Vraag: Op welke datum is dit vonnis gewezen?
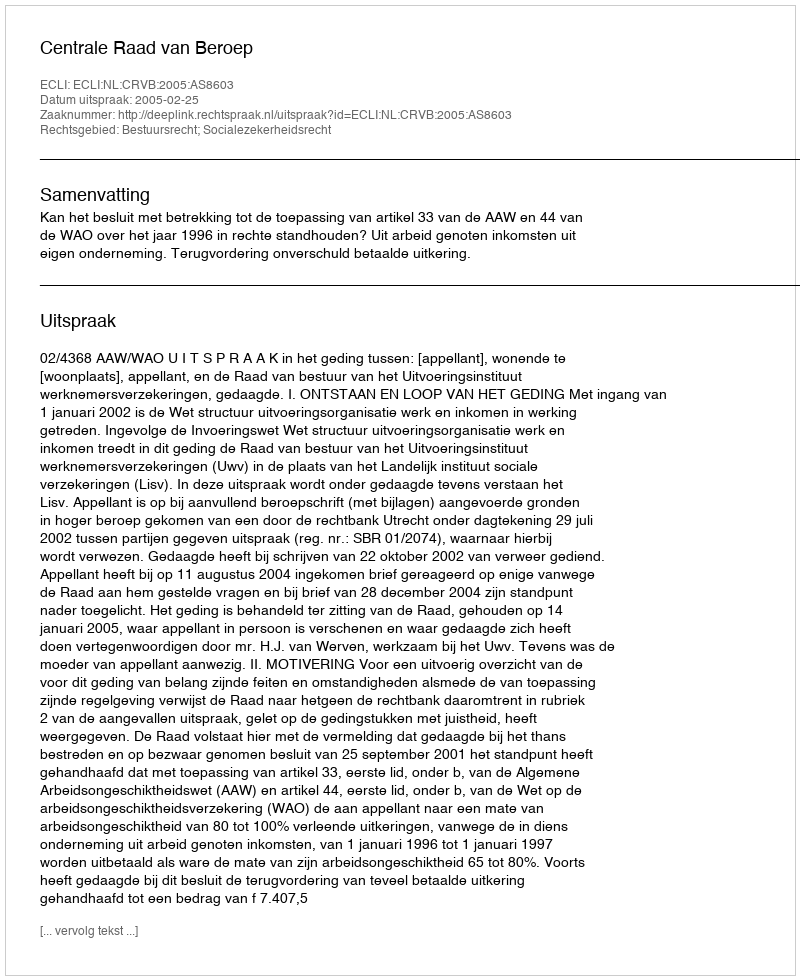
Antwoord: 2005-02-25